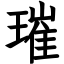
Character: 璀